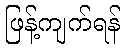
ဖြန့်ကျက်ရန်